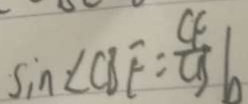
\sin \angle C B E = \frac { C F } { C B } b